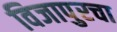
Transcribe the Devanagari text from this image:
विजापुरचा